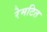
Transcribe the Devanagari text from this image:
रेमटित